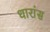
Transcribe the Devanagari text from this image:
धारांस